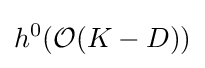
h^{0}({\mathcal {O}}(K-D))